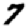
Digit: 7